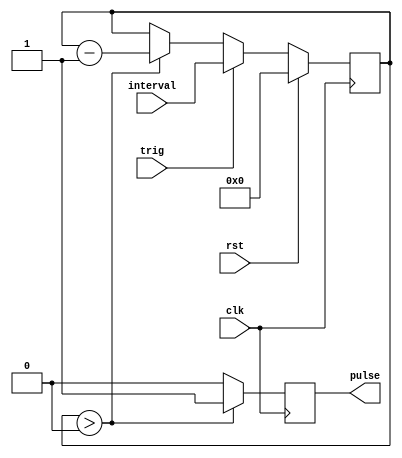
`timescale 1ns / 1ps
//////////////////////////////////////////////////////////////////////////////////
// Company: 
// Engineer: 
// 
// Design Name: 
// Module Name:    pulse_gen 
// Project Name: 
// Target Devices: 
// Tool versions: 
// Description: 
//
// Dependencies: 
//
// Revision: 
// Revision 0.01 - File Created
// Additional Comments: 
//
//////////////////////////////////////////////////////////////////////////////////
module pulse_gen(
		input clk,
		input rst,
		input trig,
		input [5:0] interval,
		output pulse
    );

reg pulse_reg;
reg [5:0] pulse_cnt;

always@(posedge clk) begin
	if(rst)
		pulse_cnt<=6'b0;
	else if(trig)
		pulse_cnt<=interval;
	else if(pulse_cnt>0)
		pulse_cnt<=pulse_cnt-1'b1;
	else
		pulse_cnt<=pulse_cnt;
end

always@(posedge clk) begin
	if(pulse_cnt>0)
		pulse_reg<=1'b1;
	else
		pulse_reg<=1'b0;
end

assign pulse = pulse_reg;

endmodule